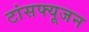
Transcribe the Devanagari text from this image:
टांसफ्यूजन